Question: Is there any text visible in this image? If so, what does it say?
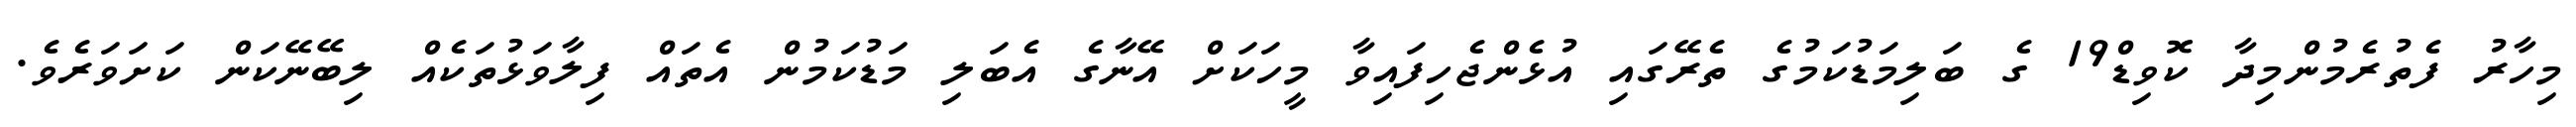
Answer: މިހާރު ފެތުރެމުންމިދާ ކޮވިޑް19 ގެ ބަލިމަޑުކަމުގެ ތެރޭގައި އުޅެންޖެހިފައިވާ މީހަކަށް އޭނާގެ އެބަލި މަޑުކަމުން އެތައް ފިލާވަޅުތަކެއް ލިބޭނޭކަން ކަށަވަރެވެ.